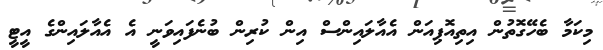
މިކަމާ ބެހޭގޮތުން އިތިއޮޕިއަން އެއާލައިންސް އިން ކުރިން ބުނެފައިވަނީ އެ އެއާލައިންގެ އީޓީ